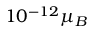
1 0 ^ { - 1 2 } \mu _ { B }